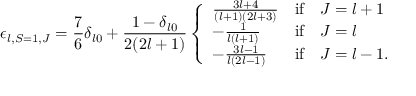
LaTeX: \epsilon _ { l , S = 1 , J } = \frac { 7 } { 6 } \delta _ { l 0 } + \frac { 1 - \delta _ { l 0 } } { 2 ( 2 l + 1 ) } \left\{ \begin{array} { l c l } { { \frac { 3 l + 4 } { ( l + 1 ) ( 2 l + 3 ) } } } & { { \mathrm { i f } } } & { { J = l + 1 } } \\ { { - \frac { 1 } { l ( l + 1 ) } } } & { { \mathrm { i f } } } & { { J = l } } \\ { { - \frac { 3 l - 1 } { l ( 2 l - 1 ) } } } & { { \mathrm { i f } } } & { { J = l - 1 . } } \end{array} \right.